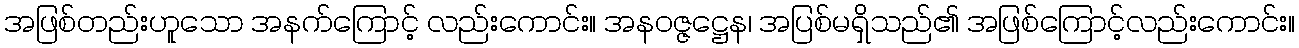
အဖြစ်တည်းဟူသော အနက်ကြောင့် လည်းကောင်း။ အနဝဇ္ဇဋ္ဌေန၊ အပြစ်မရှိသည်၏ အဖြစ်ကြောင့်လည်းကောင်း။